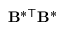
\mathbf { \mathbf { B } ^ { \ast \intercal } \mathbf { B } ^ { \ast } }